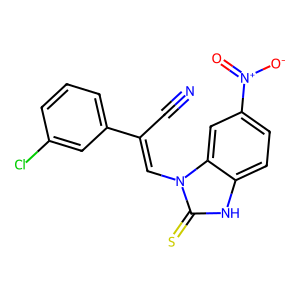
SMILES: N#CC(=Cn1c(=S)[nH]c2ccc([N+](=O)[O-])cc21)c1cccc(Cl)c1
Inhibits HIV replication: No